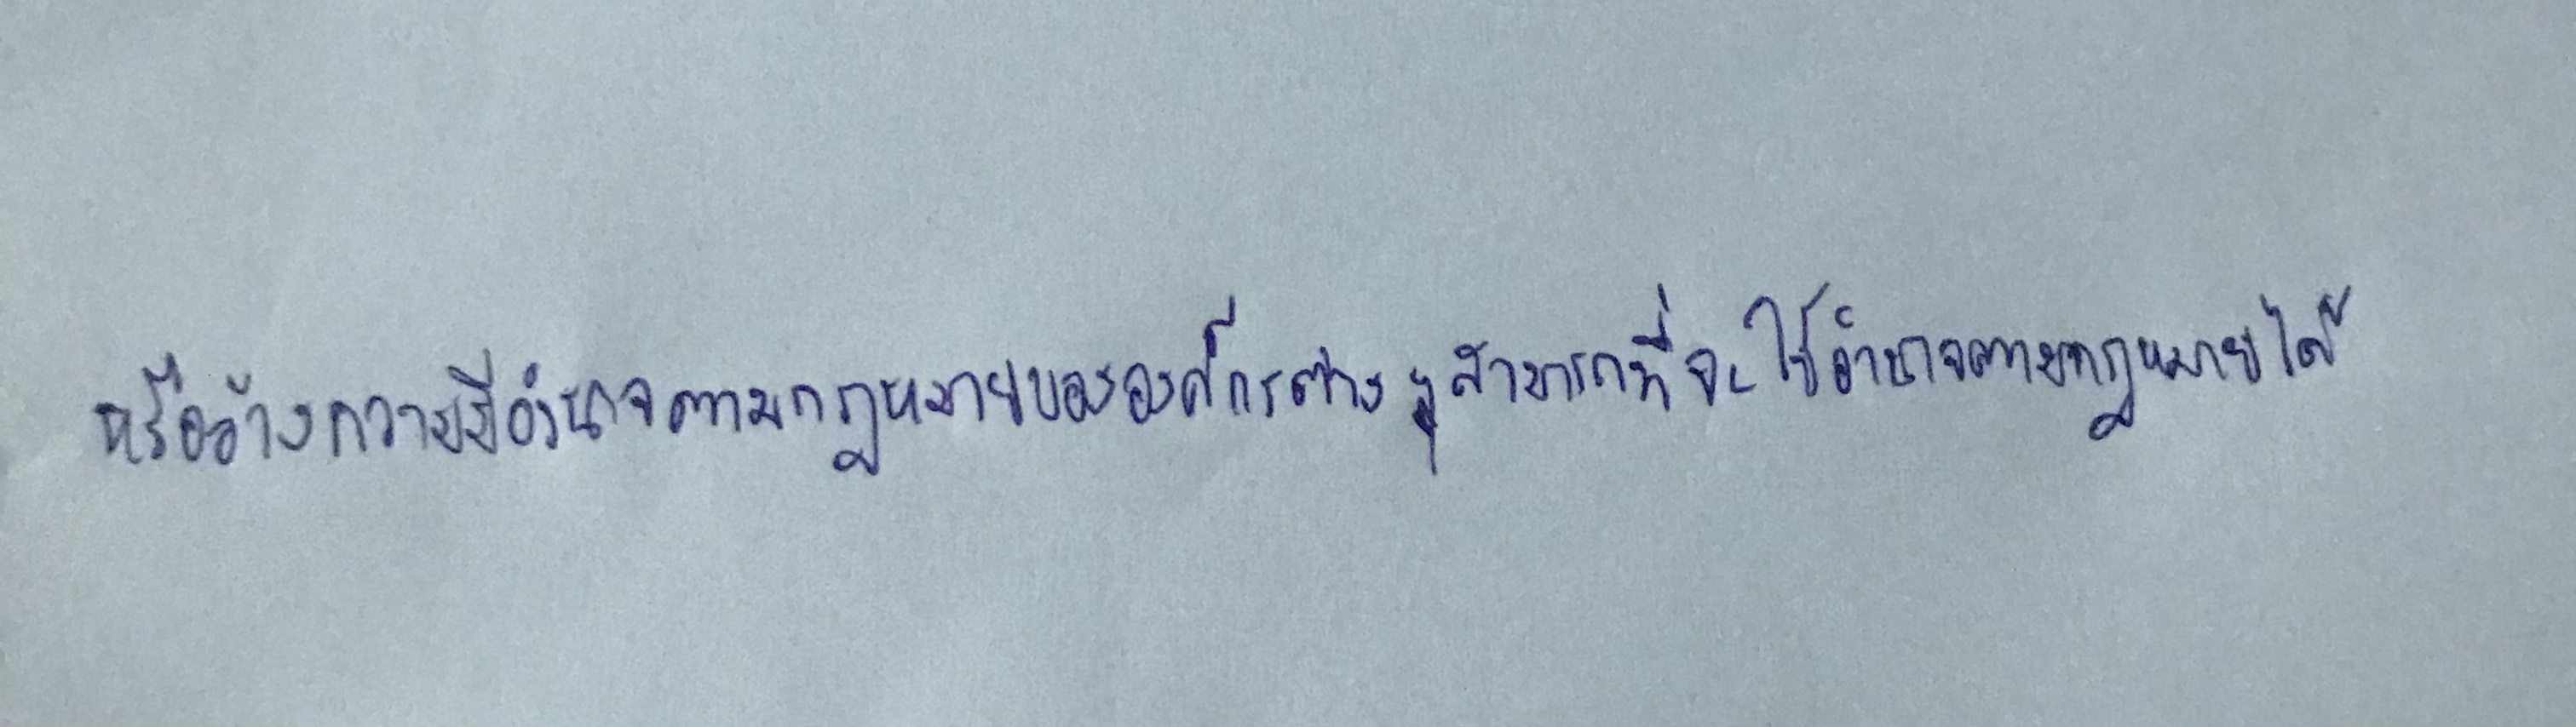
หรืออ้างความมีอำนาจตามกฎหมายขององค์กรต่างๆสามารถที่จะใช้อำนาจตามกฎหมายได้